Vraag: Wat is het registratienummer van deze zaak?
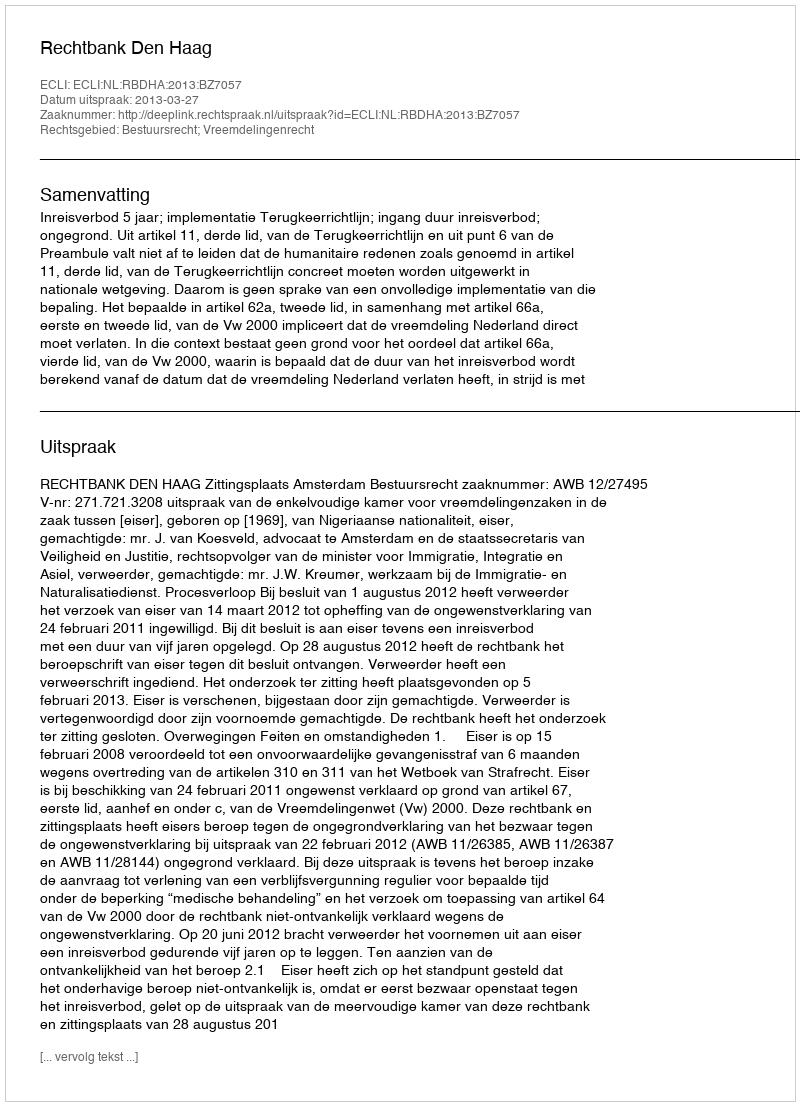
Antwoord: http://deeplink.rechtspraak.nl/uitspraak?id=ECLI:NL:RBDHA:2013:BZ7057